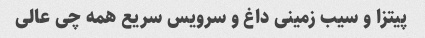
پیتزا و سیب زمینی داغ و سرویس سریع همه چی عالی